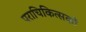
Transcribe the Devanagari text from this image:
पराचिकित्सकों